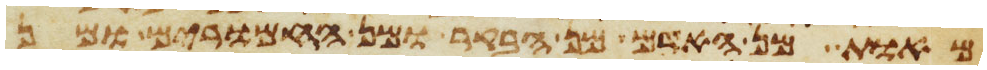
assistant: מאות מן האדם ומן הבקר ומן החמרים ומן